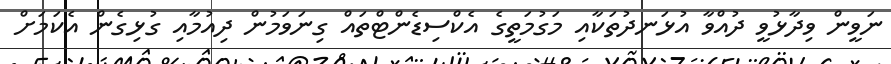
ނަވީން ވިދާޅުވީ ދުއްވާ އުޅަނދުތަކާއި މަގުމަތީގެ އެކްސިޑެންޓްތައް ގިނަވަމުން ދިއުމާއި ގުޅިގެން އެކަމަށް